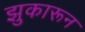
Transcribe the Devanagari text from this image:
झुकारून